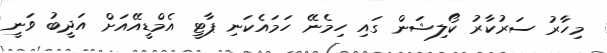
މިހާރު ސަރުކާރު ކޯލިޝަން ގައި ހިމެނޭ ހަމައެކަނި ޕާޓީ އެމްޑީއޭއަށް އަދީބު ވަނީ